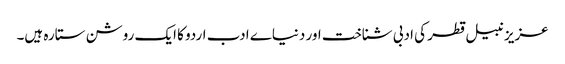
عزیز نبیل قطر کی ادبی شناخت اور دنیاے ادب اردو کا ایک روشن ستارہ ہیں۔